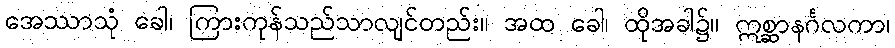
အေဿာသုံ ခေါ၊ ကြားကုန်သည်သာလျင်တည်း။ အထ ခေါ၊ ထိုအခါ၌။ ဣစ္ဆာနင်္ဂလကာ၊